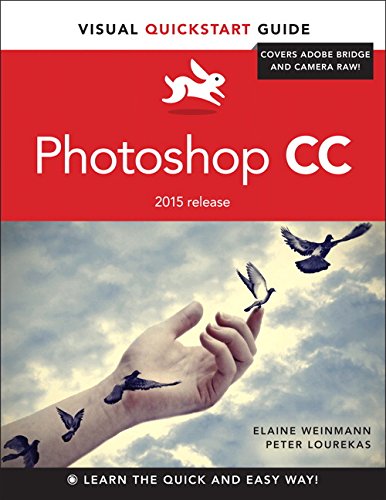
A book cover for Photoshop CC: Visual QuickStart Guide (2015 release); Elaine Weinmann; Arts & Photography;